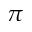
\pi